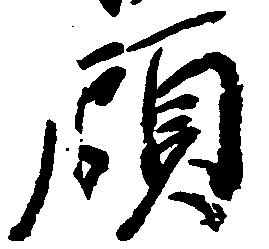
顧